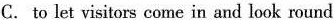
C. to let visitors come in and look round